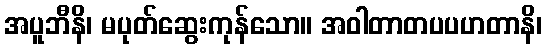
အပူဘီနိ၊ မပုတ်ဆွေးကုန်သော။ အဝါတာတပပဟတာနိ၊